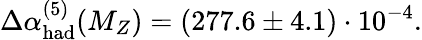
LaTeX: \Delta\alpha_{\mathrm{had}}^{(5)}(M_{Z})=(277.6\pm 4.1)\cdot 10^{-4}.